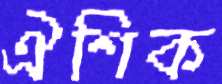
ঐশিক